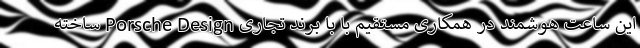
این ساعت هوشمند در همکاری مستقیم با با برند تجاری Porsche Design ساخته